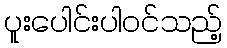
ပူးပေါင်းပါဝင်သည့်